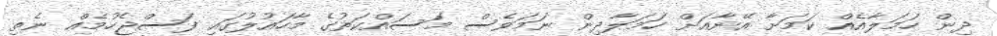
ދިން ހަމަލާއެއް ކަމަށާ އޭނާއަށް ހަމަލާދިން ނަމަވެސް މަސައްކަތުގެ މާހައުލުގައި ފަސްޖެހުމެއް ނެތި